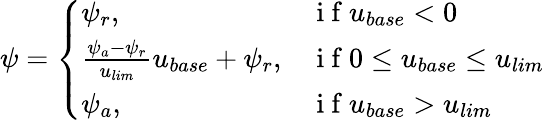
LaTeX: \psi=\left\{ \begin{array}{ll}{\psi_{r},}&{\mathrm{~i~f~}u_{base}<0}\\ {\frac{\psi_{a}-\psi_{r}}{u_{lim}}u_{base}+\psi_{r},}&{\mathrm{~i~f~}0\leq u_{base}\leq u_{lim}}\\ {\psi_{a},}&{\mathrm{~i~f~}u_{base}>u_{lim}}\end{array}\right.